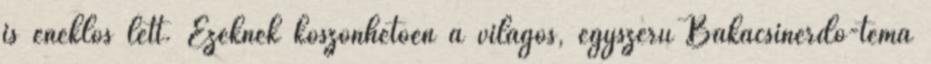
is éneklős lett. Ezeknek köszönhetően a világos, egyszerű Bakacsinerdő-téma